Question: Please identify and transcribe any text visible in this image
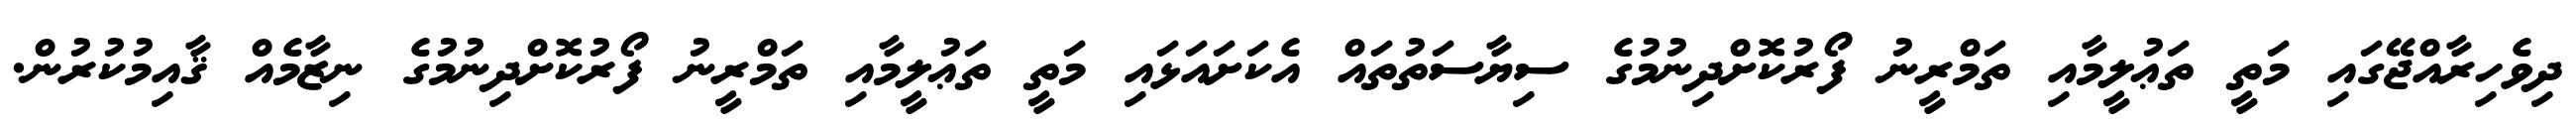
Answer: ދިވެހިރާއްޖޭގައި މަތީ ތަޢުލީމާއި ތަމްރީނު ފޯރުކޮށްދިނުމުގެ ސިޔާސަތުތައް އެކަށައަޅައި މަތީ ތަޢުލީމާއި ތަމްރީނު ފޯރުކޮށްދިނުމުގެ ނިޒާމެއް ޤާއިމުކުރުން.